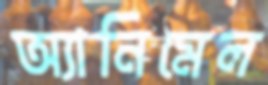
অ্যানিমেল